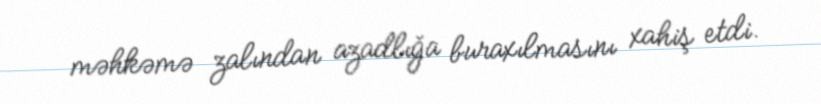
məhkəmə zalından azadlığa buraxılmasını xahiş etdi.